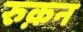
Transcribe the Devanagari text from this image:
रुक़न